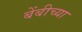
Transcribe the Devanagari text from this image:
बेंबीच्या